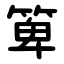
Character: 箄